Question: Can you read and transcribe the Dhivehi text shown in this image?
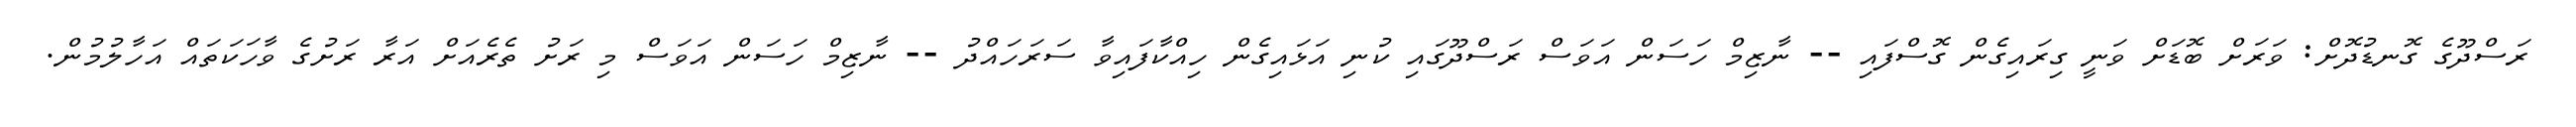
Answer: ރަސްދޫގެ ގޮނޑުދޮށް: ވަރަށް ބޮޑަށް ވަނީ ގިރައިގެން ގޮސްފައި -- ނާޒިމް ހަސަން އަވަސް ރަސްދޫގައި ކުނި އަޅައިގެން ހިއްކާފައިވާ ސަރަހައްދު -- ނާޒިމް ހަސަން އަވަސް މި ރަށު ތެރެއަށް އަރާ ރަށުގެ ވާހަކަތައް އަހާލުމުން.